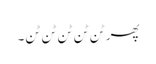
پھر ٹن ٹن ٹن ٹن ٹن۔